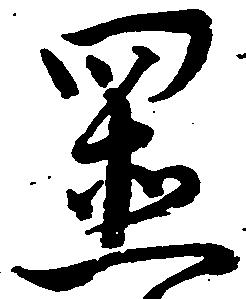
置